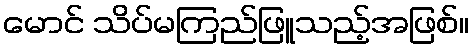
မောင် သိပ်မကြည်ဖြူသည့်အဖြစ်။